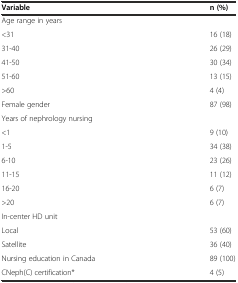
<table><thead><tr><td><b>Variable</b></td><td><b>n (%)</b></td></tr></thead><tbody><tr><td>Age range in years</td><td></td></tr><tr><td>&lt;31</td><td>16 (18)</td></tr><tr><td>31-40</td><td>26 (29)</td></tr><tr><td>41-50</td><td>30 (34)</td></tr><tr><td>51-60</td><td>13 (15)</td></tr><tr><td>&gt;60</td><td>4 (4)</td></tr><tr><td>Female gender</td><td>87 (98)</td></tr><tr><td>Years of nephrology nursing</td><td></td></tr><tr><td>&lt;1</td><td>9 (10)</td></tr><tr><td>1-5</td><td>34 (38)</td></tr><tr><td>6-10</td><td>23 (26)</td></tr><tr><td>11-15</td><td>11 (12)</td></tr><tr><td>16-20</td><td>6 (7)</td></tr><tr><td>&gt;20</td><td>6 (7)</td></tr><tr><td>In-center HD unit</td><td></td></tr><tr><td>Local</td><td>53 (60)</td></tr><tr><td>Satellite</td><td>36 (40)</td></tr><tr><td>Nursing education in Canada</td><td>89 (100)</td></tr><tr><td>CNeph(C) certification*</td><td>4 (5)</td></tr></tbody></table>